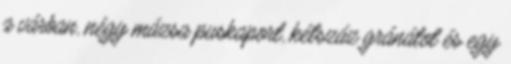
a várban, négy mázsa puskaport, kétszáz gránátot és egy